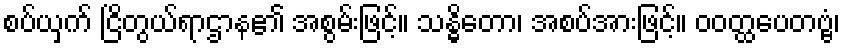
စပ်ယှက် ငြိတွယ်ရာဌာန၏ အစွမ်းဖြင့်။ သန္ဓိတော၊ အစပ်အားဖြင့်။ ဝဝတ္ထပေတဗ္ဗံ၊